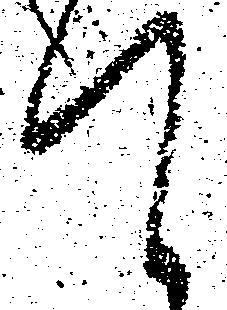
て